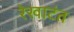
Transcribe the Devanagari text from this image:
रेखाटंत